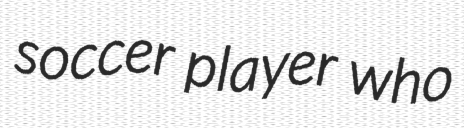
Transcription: soccer player who